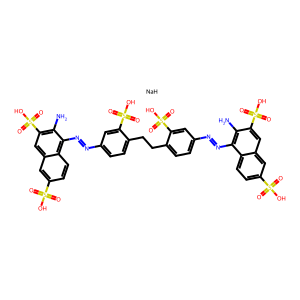
SMILES: Nc1c(S(=O)(=O)O)cc2cc(S(=O)(=O)O)ccc2c1N=Nc1ccc(CCc2ccc(N=Nc3c(N)c(S(=O)(=O)O)cc4cc(S(=O)(=O)O)ccc34)cc2S(=O)(=O)O)c(S(=O)(=O)O)c1.[NaH]
Inhibits HIV replication: Yes